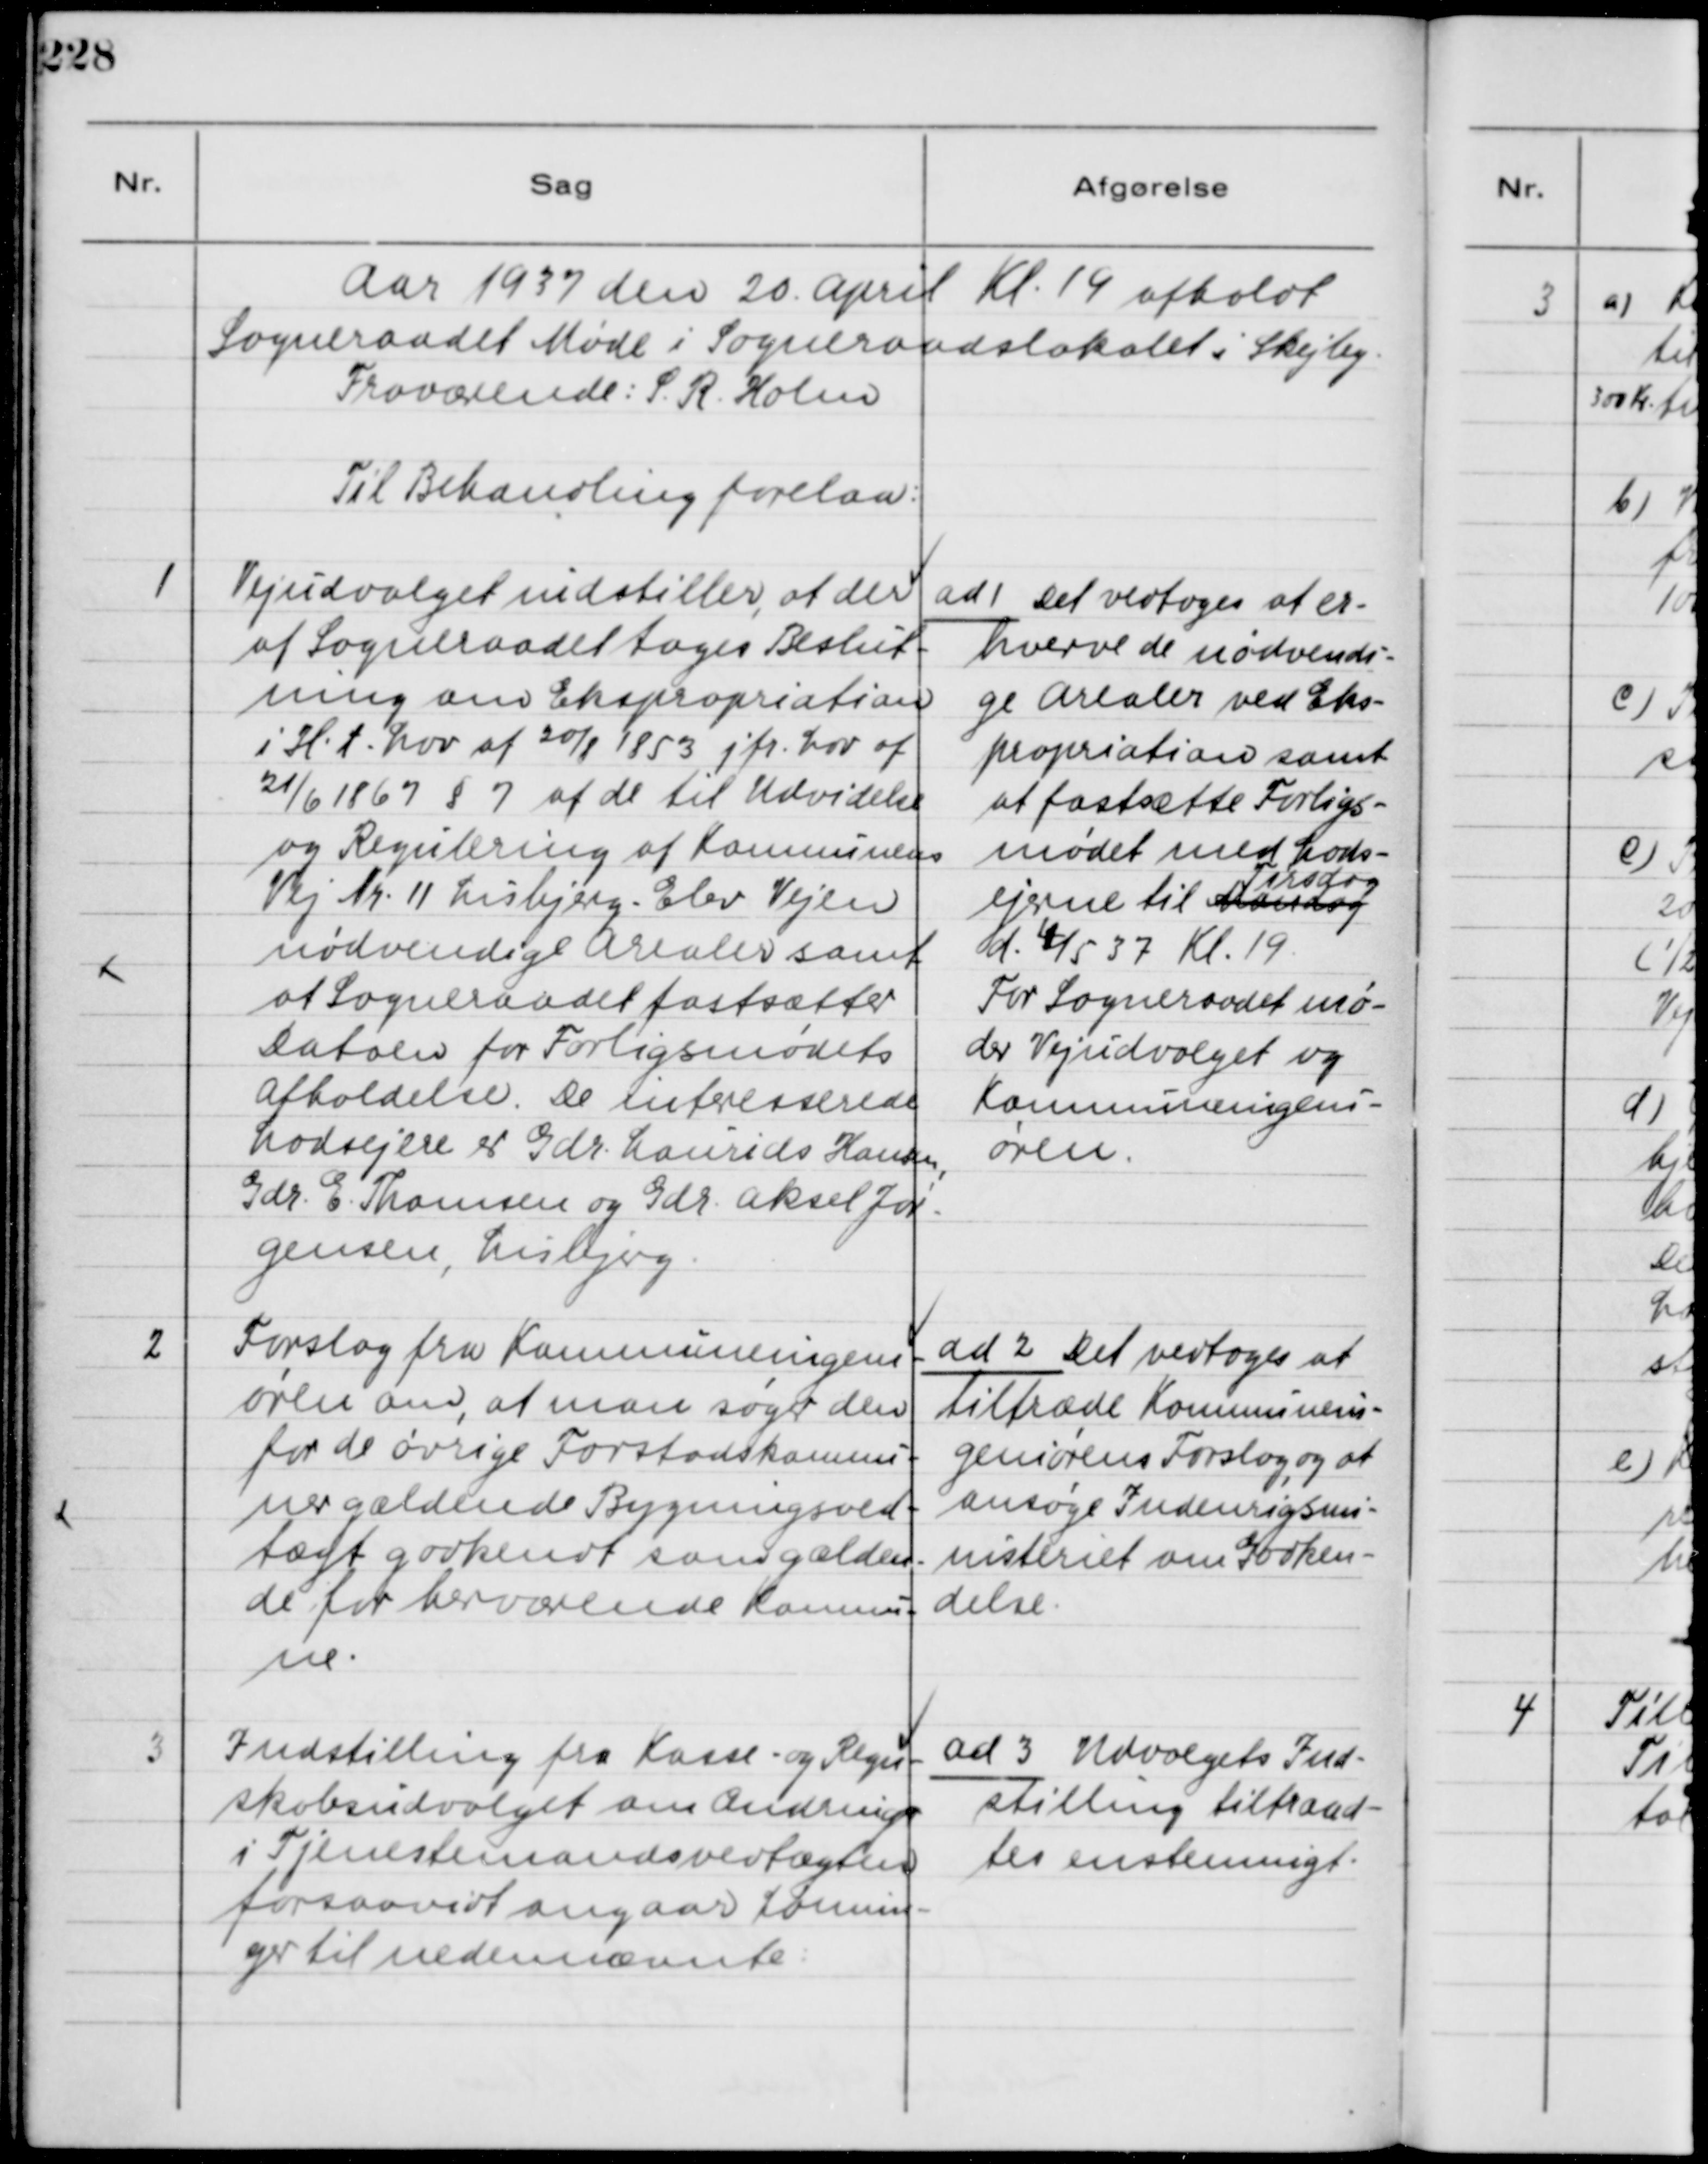
Transskription:
Aar 1937 den 20. April Kl. 19 afholdt
Sogneraadet Møde i Sogneraadslokalet i Skejby.
Fraværende: S. R. Holm
Til Behandling forelaa:

1
Vejudvalget indstiller, at der
af Sognraadet tages Beslut-
ning om Ekspropriation
i H. t. Lov af 20/8 1853 jfr. Lov af
21/6 1867 § 7 af de til Udvidelse
og Regulering af Komnunens
Vej Nr. 11 Lisbjerg - Elev Vejen
nødvendige Arealer samt
at Sogneraadet fastsætter
Datoen for Forligsmødets
Afholdelse. De interesserede
Lodsejere er Gdr. Laurids Hansen,
Gdr. E. Thomsen og Gdr. Aksel Jør-
gensen, Lisbjerg.

ad 1 Det vedtoges at er-
hverve de nødvendi-
ge Arealer ved Eks-
propriation samt
at fastsætte Forligs-
mødet med Lods-
ejerne til Mandag
Tirsdag
d. 4/5 37 Kl. 19.
For Sogneraadet mø-
der Vejudvalget og
Kommuneingeni-
øren.

2
Forslag fra Kommuneingeni-
øren om, at man søget den
for de øvrige Forstadskomnu-
ner gældende Bygningsved-
tægt godkendt som gælden-
de for herværende Komnu-
ne.

ad 2 Det vedtoges at
tiltræde Kommunein-
geniørens Forslag, og at
ansøge Indenrigsmi-
nisteriet om Godken-
delse.

3
Indstilling fra Kasse- og Regn-
skabsudvalget om Ændringer
i Tjenestemandsvedtægten
forsaavidt angaar Lønnin-
ger til nedennævnte:

ad 3 Udvalgets Ind-
stilling tiltraad-
tes enstemnigt.